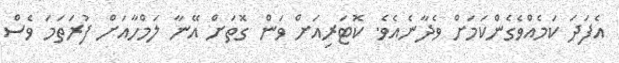
އެފަދަ ކަމެއްވެގެންކަމަށް ވެދާނެއެވެ. ކޮޓަރިއަށް ވަން ގޮތަށް އޭނާ ލަމްހާއަށް ފުރަތަމަ ވެސް